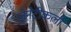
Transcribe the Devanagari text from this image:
जेनेटीकली